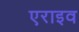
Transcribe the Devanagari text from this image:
एराइव